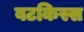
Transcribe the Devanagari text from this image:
बटकिस्स